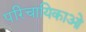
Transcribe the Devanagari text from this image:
परिचायिकाओ